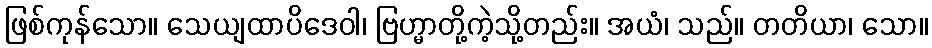
ဖြစ်ကုန်သော။ သေယျထာပိဒေဝါ၊ ဗြဟ္မာတို့ကဲ့သို့တည်း။ အယံ၊ သည်။ တတိယာ၊ သော။